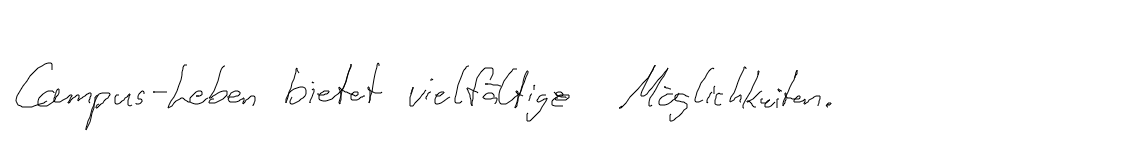
Campus-Leben bietet vielfältige Möglichkeiten.